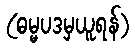
(ဓမ္မပဒမှယူရန်)